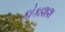
કોકાશશ